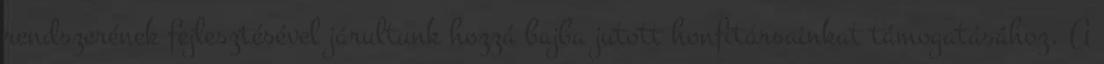
rendszerének fejlesztésével járultunk hozzá bajba jutott honfitársainkat támogatásához. A